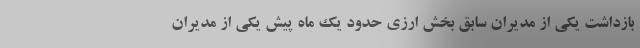
بازداشت یکی از مدیران سابق بخش ارزی حدود یک ماه پیش یکی از مدیران